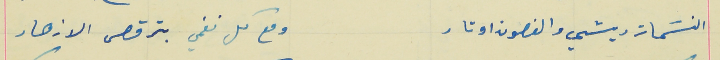
النسَمات ريشي والغصون اوتار                                 ومع كل نغمي بترقص الازهار